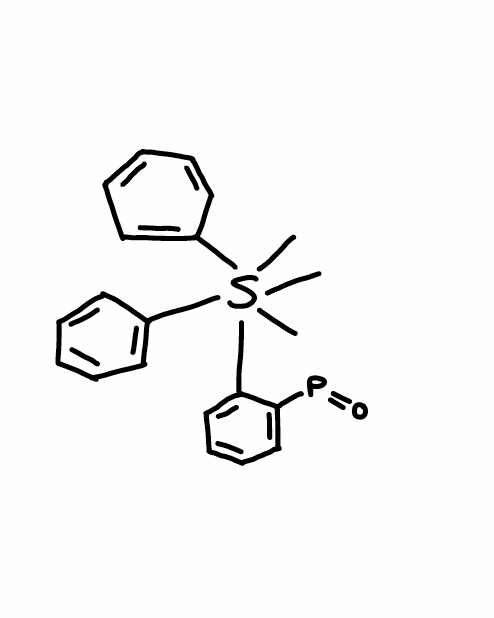
Simplified molecular-input line-entry system (SMILES) notation of the given molecule:
CS(C)(C)(C1=CC=CC=C1)(C2=CC=CC=C2)C3=CC=CC=C3P=O